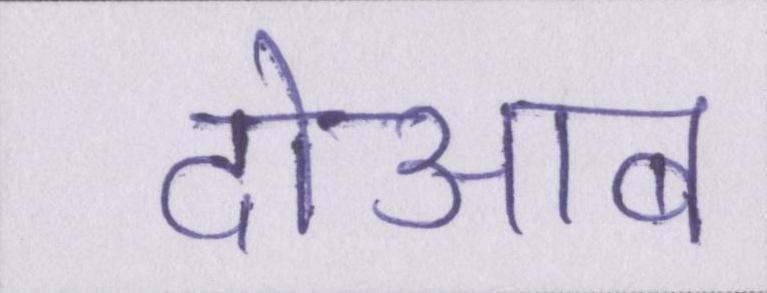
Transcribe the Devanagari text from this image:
दोआब